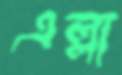
এল্লা